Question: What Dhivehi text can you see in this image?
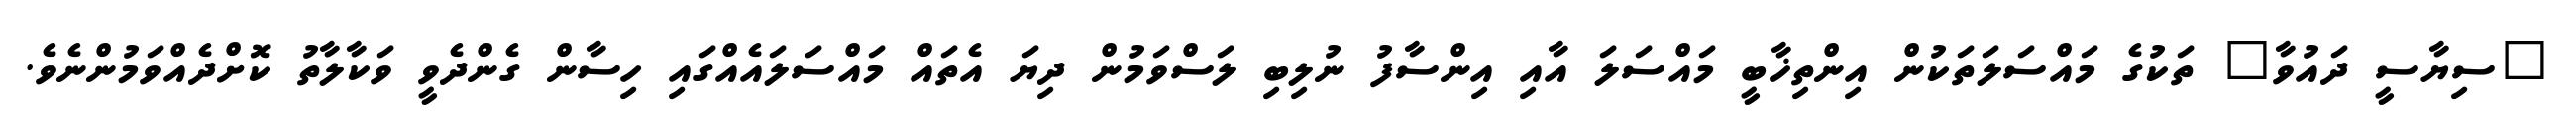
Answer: "ސިޔާސީ ދައުވާ" ތަކުގެ މައްސަލަތަކުން އިންތިޚާބީ މައްސަލަ އާއި އިންސާފު ނުލިބި ލަސްވަމުން ދިޔަ އެތައް މައްސަލައެއްގައި ހިސާން ގެންދެވީ ވަކާލާތު ކޮށްދެއްވަމުންނެވެ.